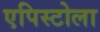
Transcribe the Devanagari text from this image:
एपिस्टोला